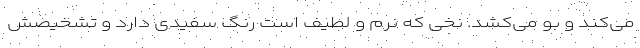
می‌کند و بو می‌کشد. نخی که نرم و لطیف است رنگ سفیدی دارد و تشخیصش